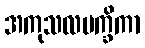
အကုသလပက္ခိကာ